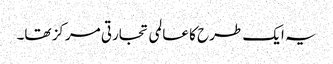
یہ ایک طرح کا عالمی تجارتی مرکز تھا۔